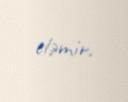
eləmir.